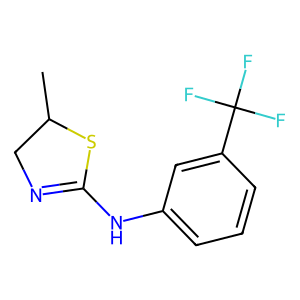
SMILES: CC1CN=C(Nc2cccc(C(F)(F)F)c2)S1
Inhibits HIV replication: No